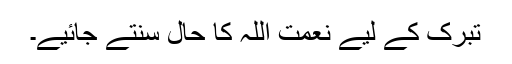
تبرک کے لیے نعمت اللہ کا حال سنتے جائیے۔